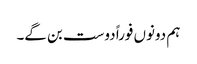
ہم دونوں فوراً دوست بن گے۔